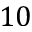
1 0